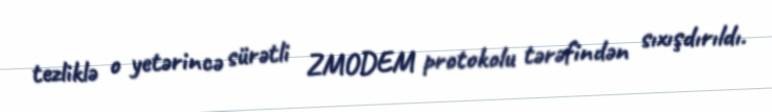
tezliklə o yetərincə sürətli ZMODEM protokolu tərəfindən sıxışdırıldı.